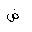
Letter: _dad